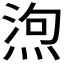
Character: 𭵆